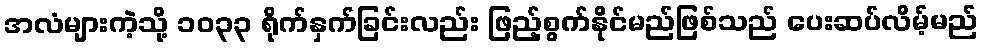
အလံများကဲ့သို့ ၁၀၃၃ ရိုက်နှက်ခြင်းလည်း ဖြည့်စွက်နိုင်မည်ဖြစ်သည် ပေးဆပ်လိမ့်မည်